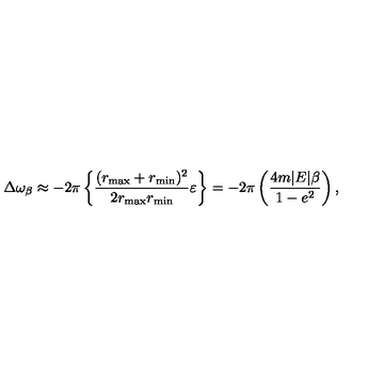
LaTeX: \Delta \omega _ { \beta } \approx - 2 \pi \left\{ \frac { ( r _ { \max } + r _ { \min } ) ^ { 2 } } { 2 r _ { \max } r _ { \min } } \varepsilon \right\} = - 2 \pi \left( \frac { 4 m | E | \beta } { 1 - e ^ { 2 } } \right) ,